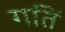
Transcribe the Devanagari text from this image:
गतिं